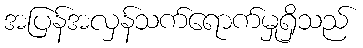
အပြန်အလှန်သက်ရောက်မှုရှိသည်